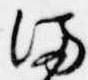
満